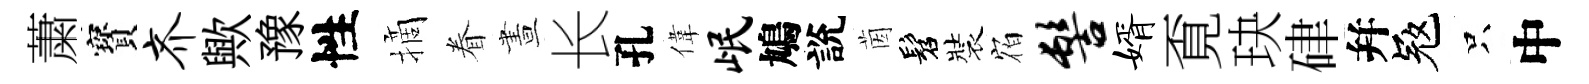
䔥寳齐歟豫性摘眷晝长孔偉岷鳩說茵髫裝𪧐髻婿覔玦硉幷冦只中